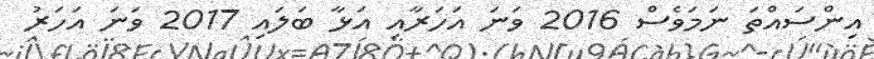
އިންސައްތަ ނަމަވެސް 2016 ވަނަ އަހަރާއި އަޅާ ބަލައި 2017 ވަނަ އަހަރު